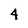
Character: 4